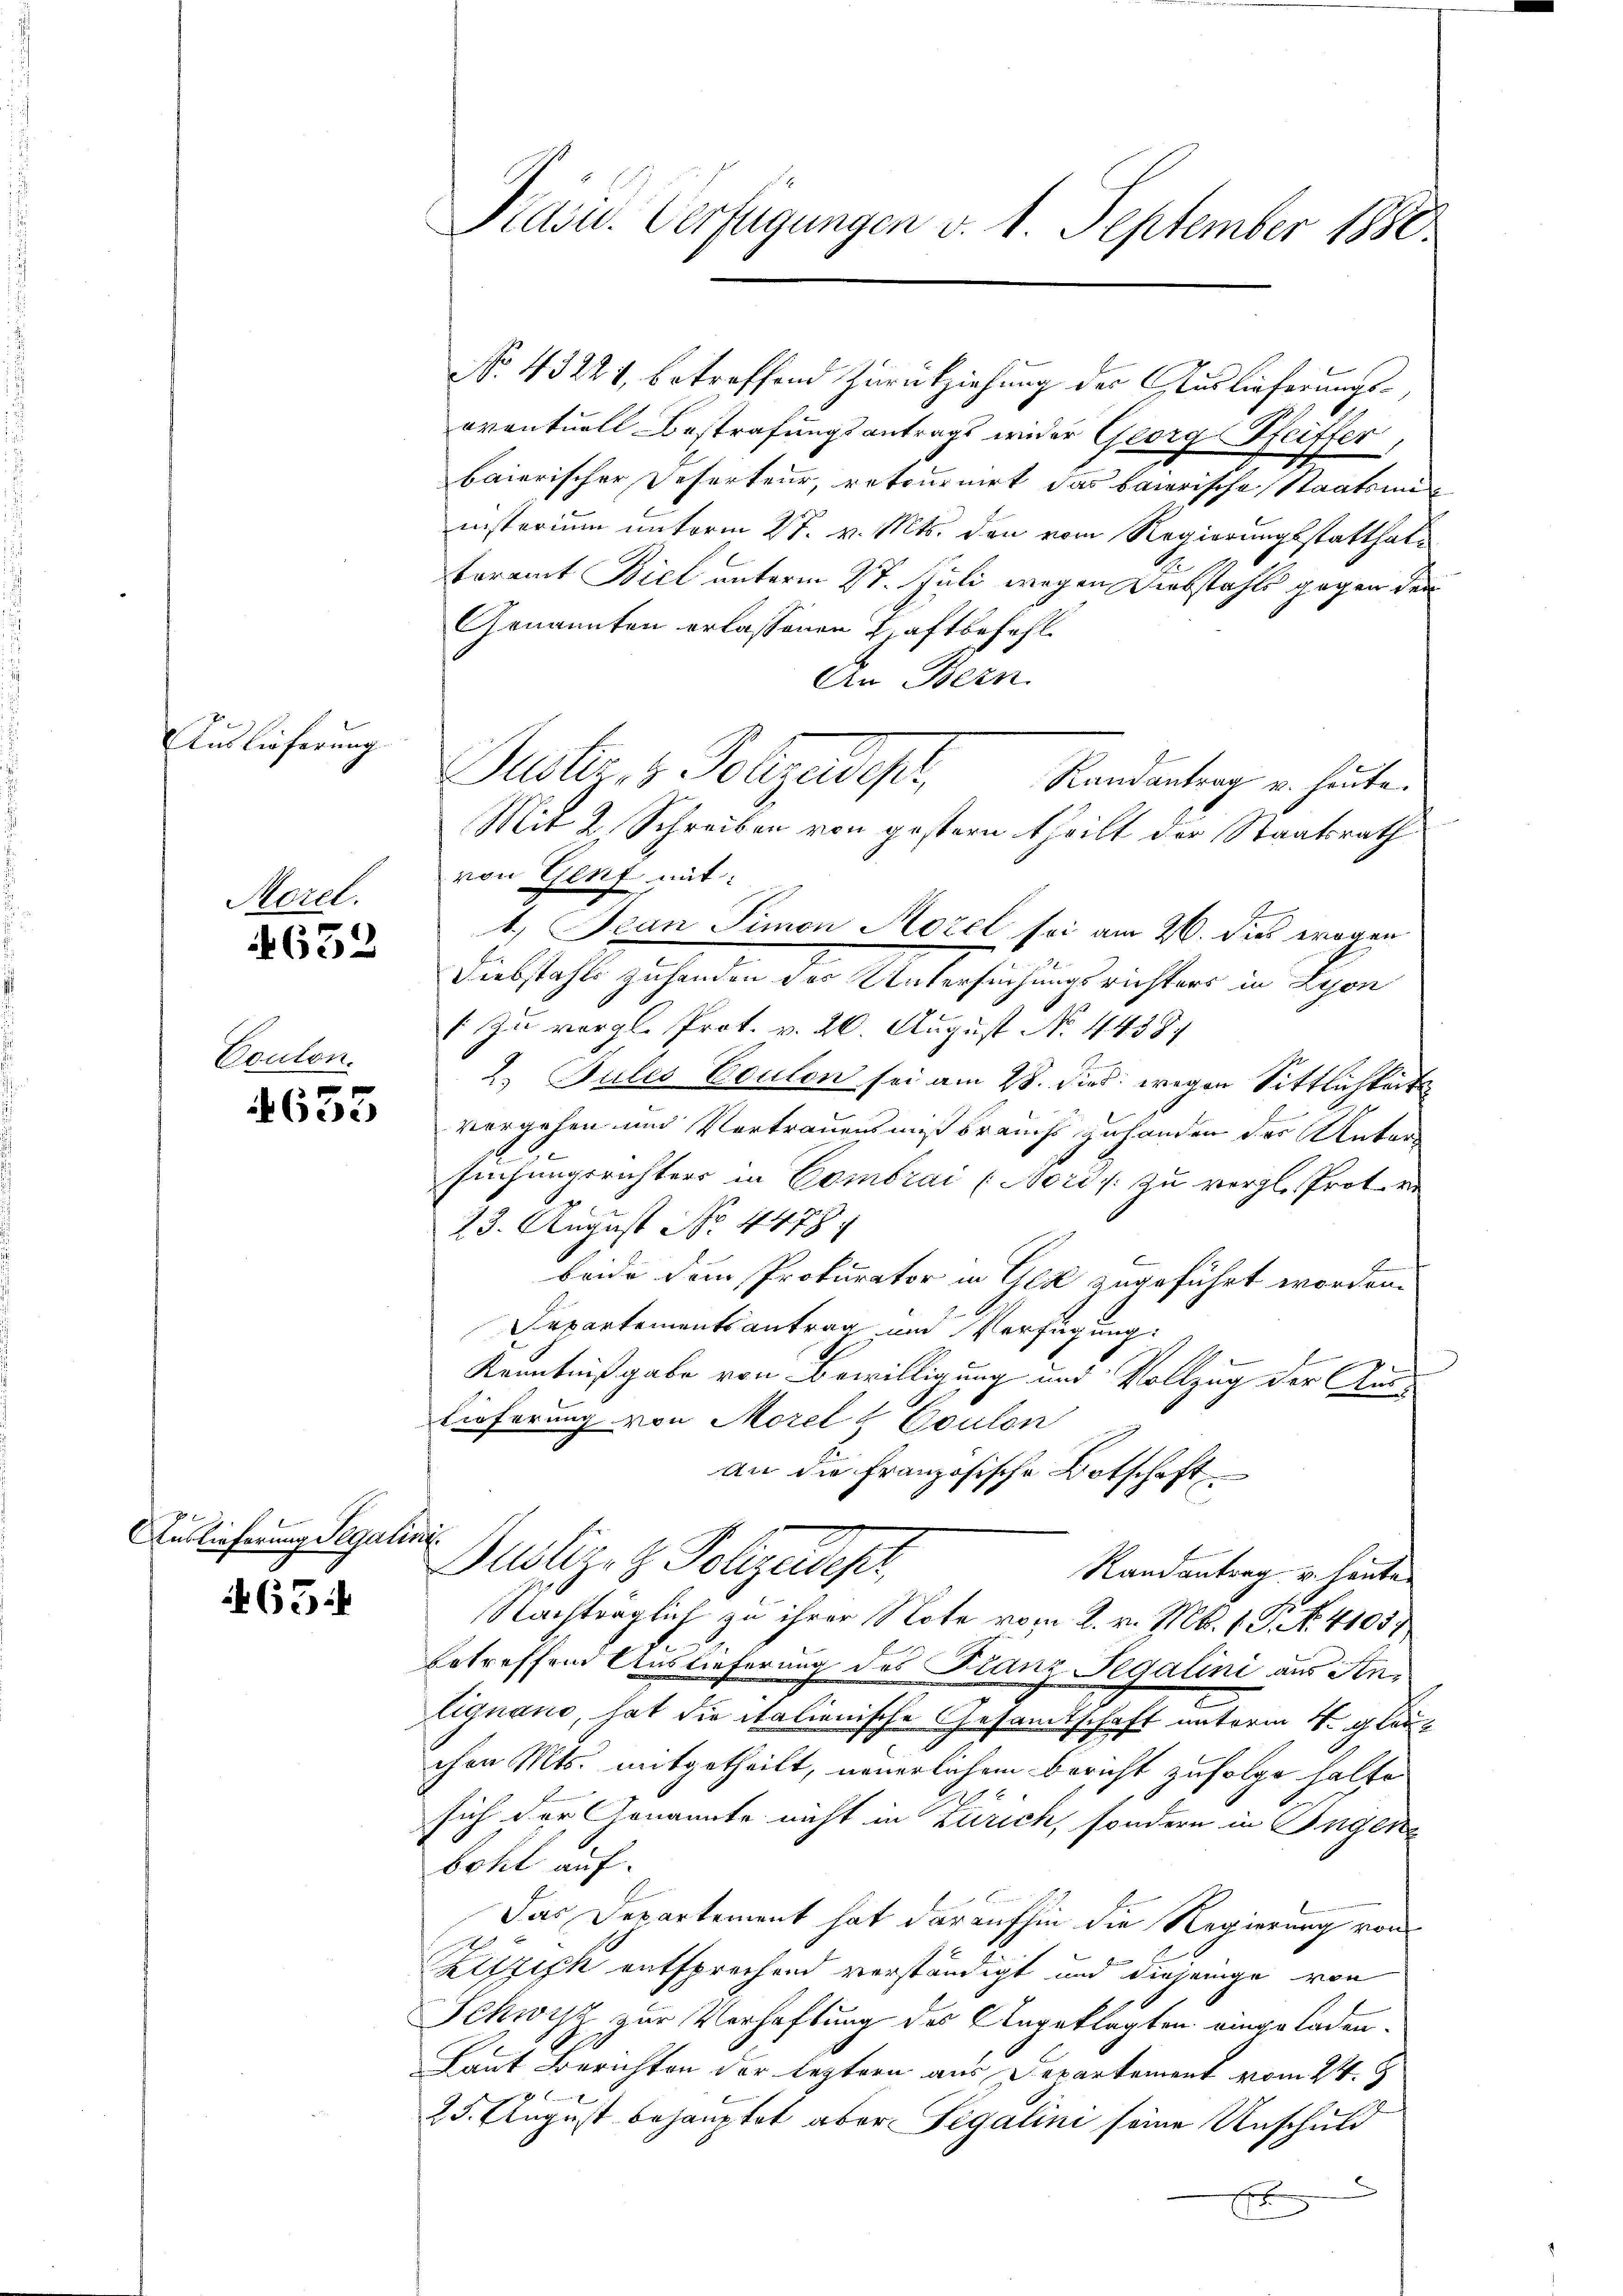
Auslieferung
Morel.

652

Coulon.

4633

Auslieferung Segalisi

65

Präsid. Verfügungen v. 1. September 1880.

No. 43221, betreffend Zurückziehung der Auslieferungs¬
eventuell Bestrafungsantrags wider Georg Pfeiffer
baierischer Referteur, retournirt das bairische Staatsmi
inisterium unterm 27. v. Mts. den vom Regierungsstatthalteramt Biel unterm 27. Juli wegen Diebstahls gegen den
Genannten erlassenen Haftbefehl
An Bern.
Puster, 1 Polizeides,
Randantrag u. heute.
Mit 2 Schreiben von gestern theilt der Staatsrath
von Genf mit:
2
1.) Jean Simon Morel sei am 26. dies wegen
Wechsteht gehenden der Untersuchung richten in diesen
In vergl. Prot. v. 20. August No. 4438.
2. Bules Coulen sei am 28. dies wegen Sittlichkeit
vergehen und Vortrauensmißbrauchs zuhanden des Unter
suchungsrichters in Combrai (Nori / zu vergl. Protoko
23. August No. 4478.
beide dem Prokurator in Gez zugeführt worden.
Departementsantrag und Verfügung:
9
Kenntnißgabe von Bewilligung und Vollzug der Auslieferung von Morel & Coulon
an die französische Botschaft
Publizig Folgendepr
Randantrag u. heuten
Nachträglich zu ihrer Note vom 2. v. M. 1. P. N. 41037
betreffen Auslieferung des Franz Segalini aus An¬
Eignano, hat die italienische Gesandtschaft unterm 4. glauchen Mts. mitgetheilt, neuerlichem Bericht zufolge halte
sich der Genannte nicht in Zürich, sondern in Ingene
bohl auf.
Das Departement hat daraufhin die Regierung von
Kiszipk entsprechend verständigt und diejenige von
Schwisz zur Verhaftung des Angeklagten eingeladen.
Laut Berichten der leztern aus Departement vom 24. J
25. August behauptet aber Legalini seine Unschuld
.
x